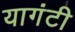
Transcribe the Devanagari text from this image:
यागंटी